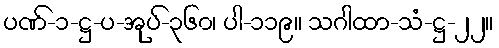
ပဏ်-၁-ဋ္ဌ-ပ-အုပ်-၃၆၀၊ ပါ-၁၁၉။ သဂါထာ-သံ-ဋ္ဌ-၂၂။